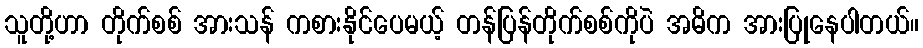
သူတို့ဟာ တိုက်စစ် အားသန် ကစားနိုင်ပေမယ့် တန်ပြန်တိုက်စစ်ကိုပဲ အဓိက အားပြုနေပါတယ်။